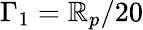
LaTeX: \Gamma_{1}=\mathbb{R}_{p}/20